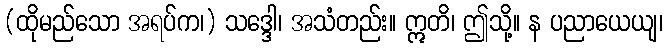
(ထိုမည်သော အရပ်က၊) သဒ္ဒေါ၊ အသံတည်း။ ဣတိ၊ ဤသို့။ န ပညာယေယျ၊